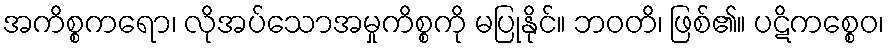
အကိစ္စကရော၊ လိုအပ်သောအမှုကိစ္စကို မပြုနိုင်။ ဘဝတိ၊ ဖြစ်၏။ ပဋိကစ္စေဝ၊